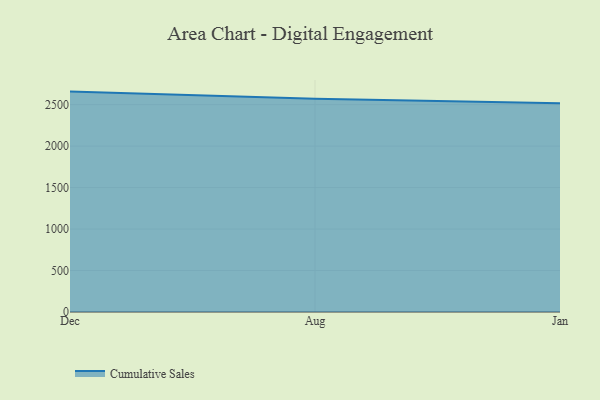
{"axis": {"x": "Month", "y": "Operating Costs (USD K)"}, "legend": ["Cumulative Sales"], "data": [{"x": "Dec", "y": 2657.2, "type": "Cumulative Sales"}, {"x": "Aug", "y": 2571.3, "type": "Cumulative Sales"}, {"x": "Jan", "y": 2516.4, "type": "Cumulative Sales"}]}